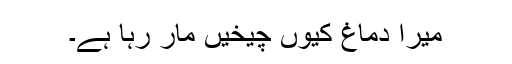
میرا دماغ کیوں چیخیں مار رہا ہے۔